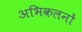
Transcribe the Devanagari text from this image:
अभिकलनों